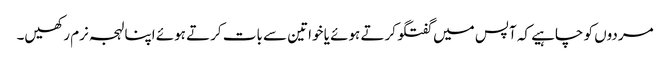
مردوں کو چاہیے کہ آپس میں گفتگو کرتے ہوئے یا خواتین سے بات کرتے ہوئے اپنا لہجہ نرم رکھیں۔